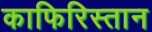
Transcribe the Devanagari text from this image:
काफिरिस्तान